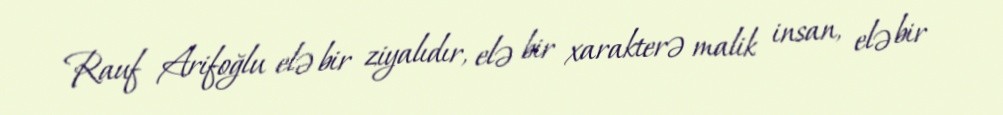
Rauf Arifoğlu elə bir ziyalıdır, elə bir xarakterə malik insan, elə bir